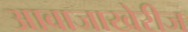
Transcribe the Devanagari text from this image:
आवाजाखेरीज